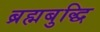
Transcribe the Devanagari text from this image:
ब्रह्मबुद्धि